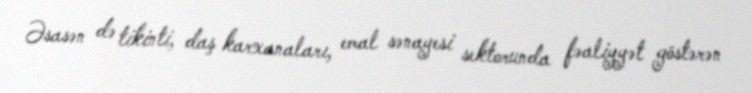
Əsasən də tikinti, daş karxanaları, emal sənayesi sektorunda fəaliyyət göstərən